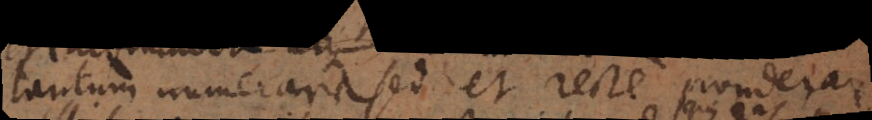
tantum numerare sed et recte ponderare